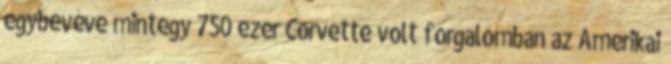
egybevéve mintegy 750 ezer Corvette volt forgalomban az Amerikai